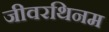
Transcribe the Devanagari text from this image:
जीवरथिनम